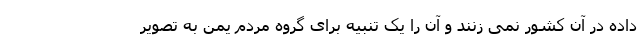
داده در آن کشور نمی زنند و آن را یک تنبیه برای گروه مردم یمن به تصویر